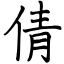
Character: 倩